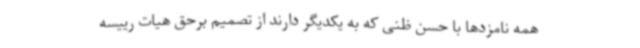
همه نامزدها با حسن ظنی که به یکدیگر دارند از تصمیم برحق هیات رییسه